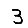
Digit: 3